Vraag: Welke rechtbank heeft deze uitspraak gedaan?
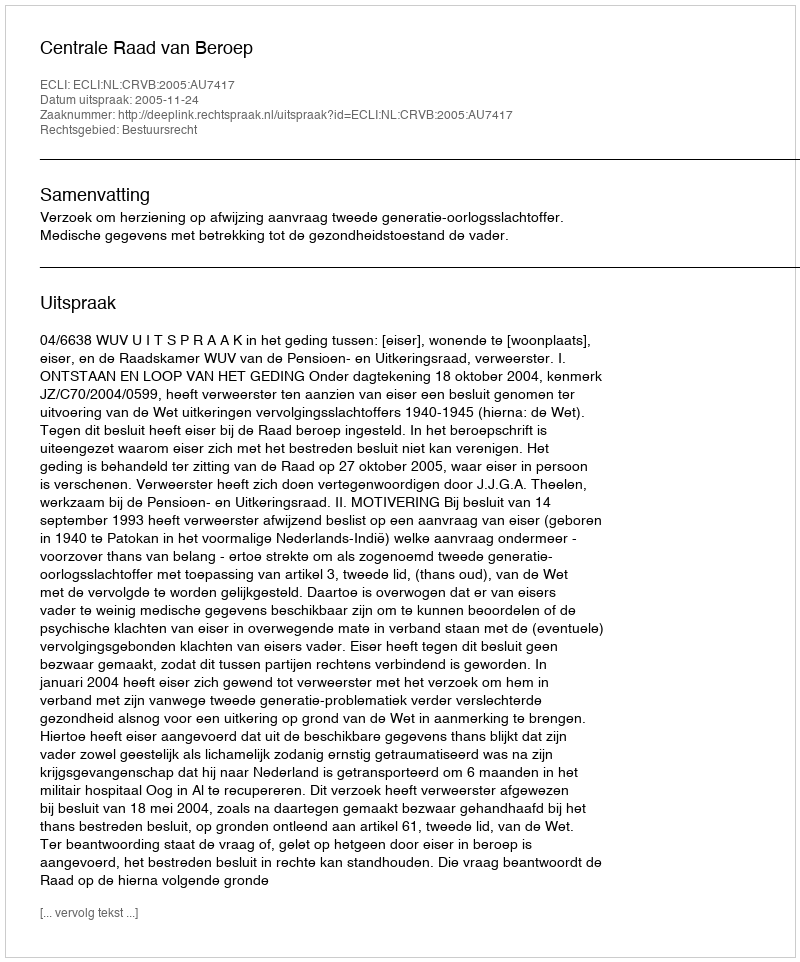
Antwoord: Centrale Raad van Beroep